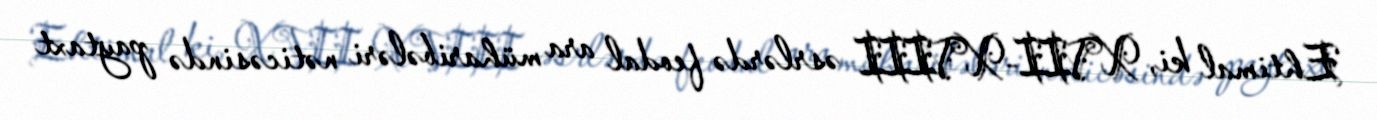
Ehtimal ki, XVII-XVIII əsrlərdə feodal ara müharibələri nəticəsində paytaxt